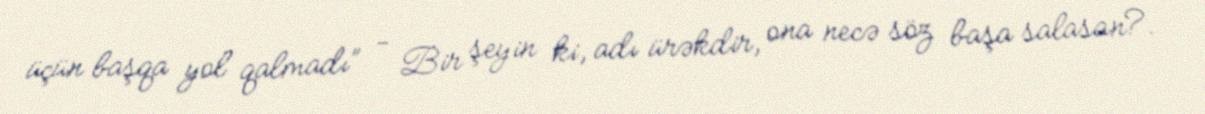
üçün başqa yol qalmadı” - Bir şeyin ki, adı ürəkdir, ona necə söz başa salasan?.